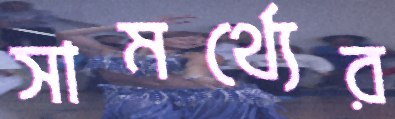
সামর্থ্যের